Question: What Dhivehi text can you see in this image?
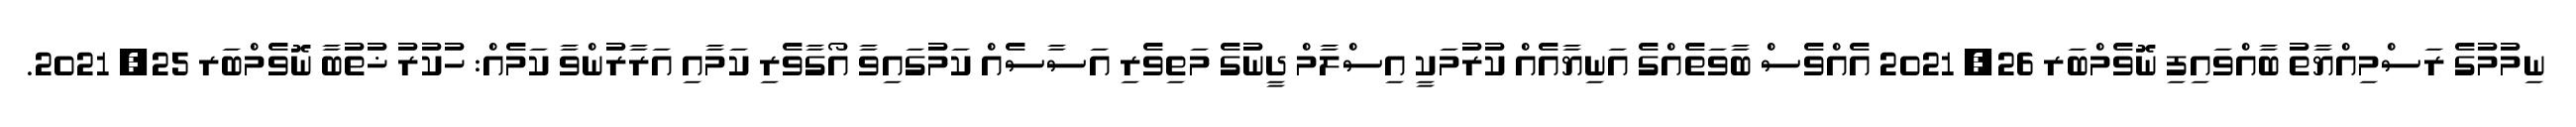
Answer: ނިމުމުގެ ރަސްމިއްޔާތު ބާއްވައިފި ނޮވެމްބަރ 26, 2021 އެއްވެސް ބާވަތެއްގެ އަނިޔާއެއް ކުރުމަކީ އިސްލާމް ދީނުގެ މަތިވެރި އަސާސެއް ކަމުގައިވާ އޯގާވެރި ކަމާއި އަރާރުންވާ ކަމެއް: ހުކުރު ޚުތުބާ ނޮވެމްބަރ 25, 2021.